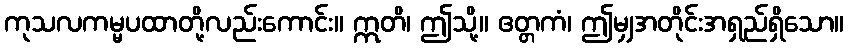
ကုသလကမ္မပထာတို့လည်းကောင်း။ ဣတိ၊ ဤသို့။ ဧတ္တကံ၊ ဤမျှအတိုင်းအရှည်ရှိသော။